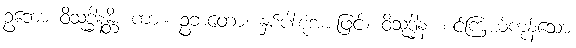
ဥဘော ဝိသုဒ္ဓါနန္တိ၊ ကား။ ဥဘတော၊ နှစ်ပါးစုံအားဖြင့်။ ဝိသုဒ္ဓါနံ၊ စင်ကြယ်ကုန်သော